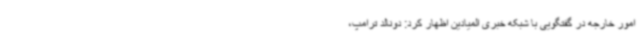
امور خارجه در گفتگویی با شبکه خبری المیادین اظهار کرد: دونالد ترامپ،